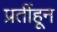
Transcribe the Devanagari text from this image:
प्रतींहून